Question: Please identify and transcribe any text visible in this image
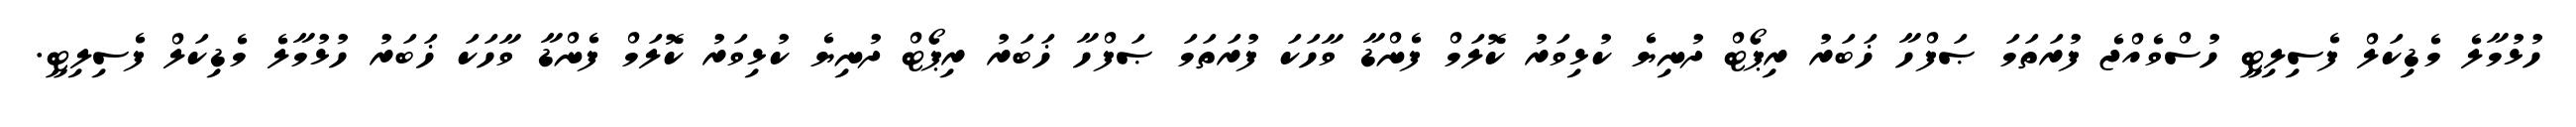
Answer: ހުޅުމާލެ މެޑިކަލް ފެސިލިޓީ ހުސްވެއްޖެ ފުރަތަމަ ޞަފްހާ ޚަބަރު ރިޕޯޓް ދުނިޔެ ކުޅިވަރު ކޮލަމް ފެންޑާ ވާހަކަ ފުރަތަމަ ޞަފްހާ ޚަބަރު ރިޕޯޓް ދުނިޔެ ކުޅިވަރު ކޮލަމް ފެންޑާ ވާހަކަ ޚަބަރު ހުޅުމާލެ މެޑިކަލް ފެސިލިޓީ.